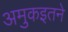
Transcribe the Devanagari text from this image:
अमुकइतने